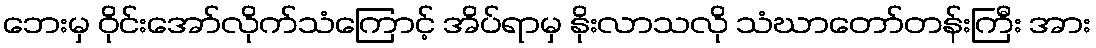
ဘေးမှ ဝိုင်းအော်လိုက်သံကြောင့် အိပ်ရာမှ နိုးလာသလို သံဃာတော်တန်းကြီး အား